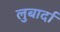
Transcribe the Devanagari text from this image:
लुबार्दा